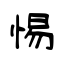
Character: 惕